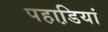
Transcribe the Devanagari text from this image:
पहाडि़यां